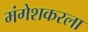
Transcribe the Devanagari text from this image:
मंगेशकरला